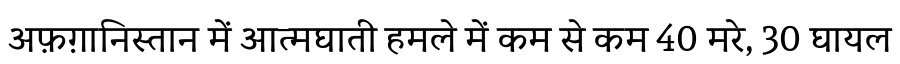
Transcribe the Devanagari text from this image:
अफ़ग़ानिस्तान में आत्मघाती हमले में कम से कम 40 मरे, 30 घायल